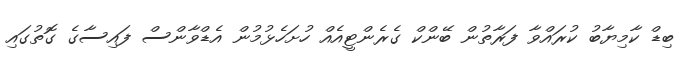
ބިޑް ކާމިޔާބު ކުރައްވާ ފަރާތުން ބޭންކް ގެރެންޓީއެއް ހުށަހެޅުމުން އެޑްވާންސް ފައިސާގެ ގޮތުގައި